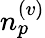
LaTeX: n_{p}^{(v)}